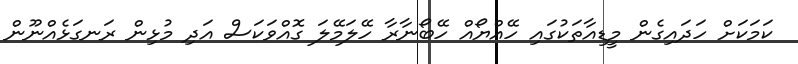
ކަމަކަށް ހަދައިގެން މީޑިއާތަކުގައި ހޭއްޔޯއް ހޭބޯނާރާ ހޭލަމޭލަ ގޮއްވަކަސް އަދި މުޅިން ރަނގަޅެއްނޫން